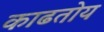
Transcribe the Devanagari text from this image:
काढतोय